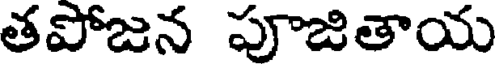
తపోజన పూజితాయ